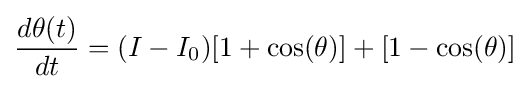
{\frac {d\theta (t)}{dt}}=(I-I_{0})[1+\cos(\theta )]+[1-\cos(\theta )]